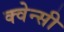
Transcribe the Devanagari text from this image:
क्वेन्सी